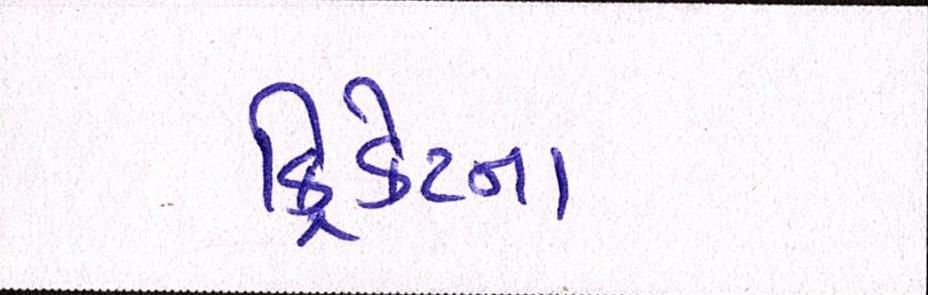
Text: ક્રિકેટના